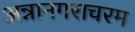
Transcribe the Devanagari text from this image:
अन्नानगराचरम